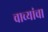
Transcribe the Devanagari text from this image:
चाच्यांचा